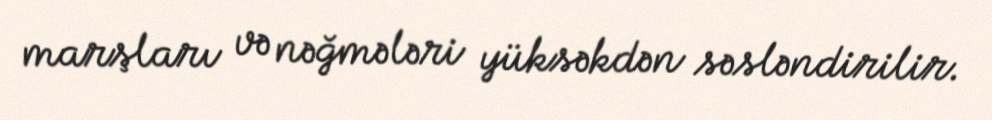
marşları və nəğmələri yüksəkdən səsləndirilir.